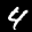
Label: 4